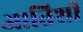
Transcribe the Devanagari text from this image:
आतिशी